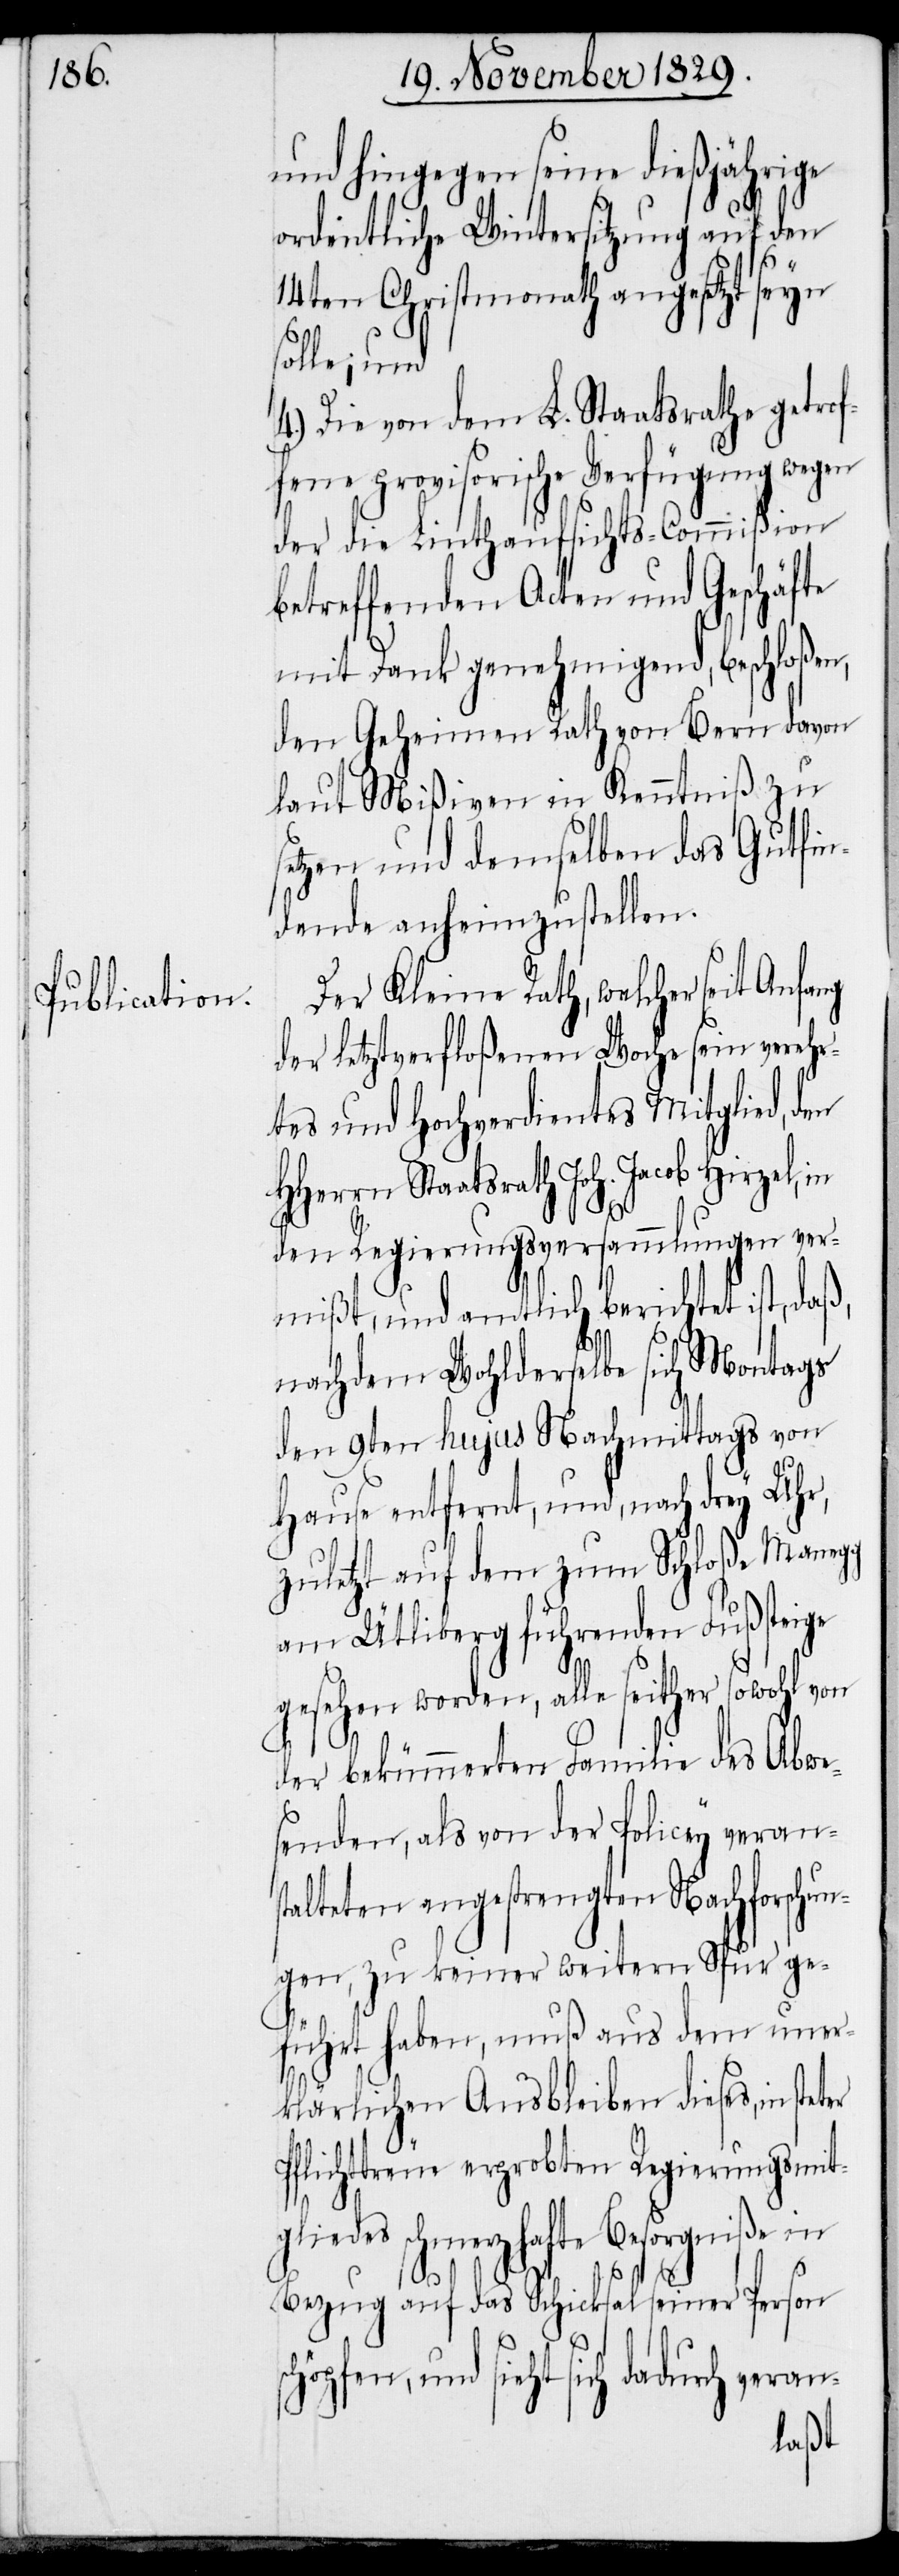
und hingegen seine dießjährige
ordentliche Wintersitzung auf den
14ten Christmonath angesetzt seyn
solle; und
4.) Die von dem L. Staatsrathe getrof¬
fene provisorische Verfügung wegen
der die Linthaufsichts-Commißion
betreffenden Acten und Geschäfte
mit Dank genehmigend, beschloßen,
den Geheimen Rath von Bern davon
laut Mißiven in Kenntniß zu
setzen und demselben das Gutfin¬
dende anheimzustellen.
Der Kleine Rath, welcher seit
der letztverfloßenen Woche sein verehr¬
tes und Hochverdientes Mitglied, den
HHerrn Staatsrath Joh. Jacob Hirzel, in
den Regierungsversammlungen ver¬
mißt, und amtlich berichtet ist, daß,
nachdem Wohlderselbe sich Montags
den 9ten hujus Nachmittags von
Hause entfernt, und, nach drey Uhr,
zuletzt auf dem zum Schloße Manegg
am Ütliberg führenden Fußsteige
gesehen worden, alle seither sowohl von
der bekümmerten Familie des Abwe¬
senden, als von der Policey verans¬
talteten angestrengten Nachforschu¬
ngen, zu keiner weitern Spur ge¬
führt haben, muß aus dem uner¬
klärlichen Ausbleiben dieses, in
Pflichttreue erprobten Regierungsmitgl¬
iedes schmerzhafte Besorgniße
Bezug auf das Schicksal seiner Person
und sieht sich dadurch veran-